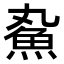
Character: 𬵄